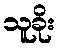
သူခိုး